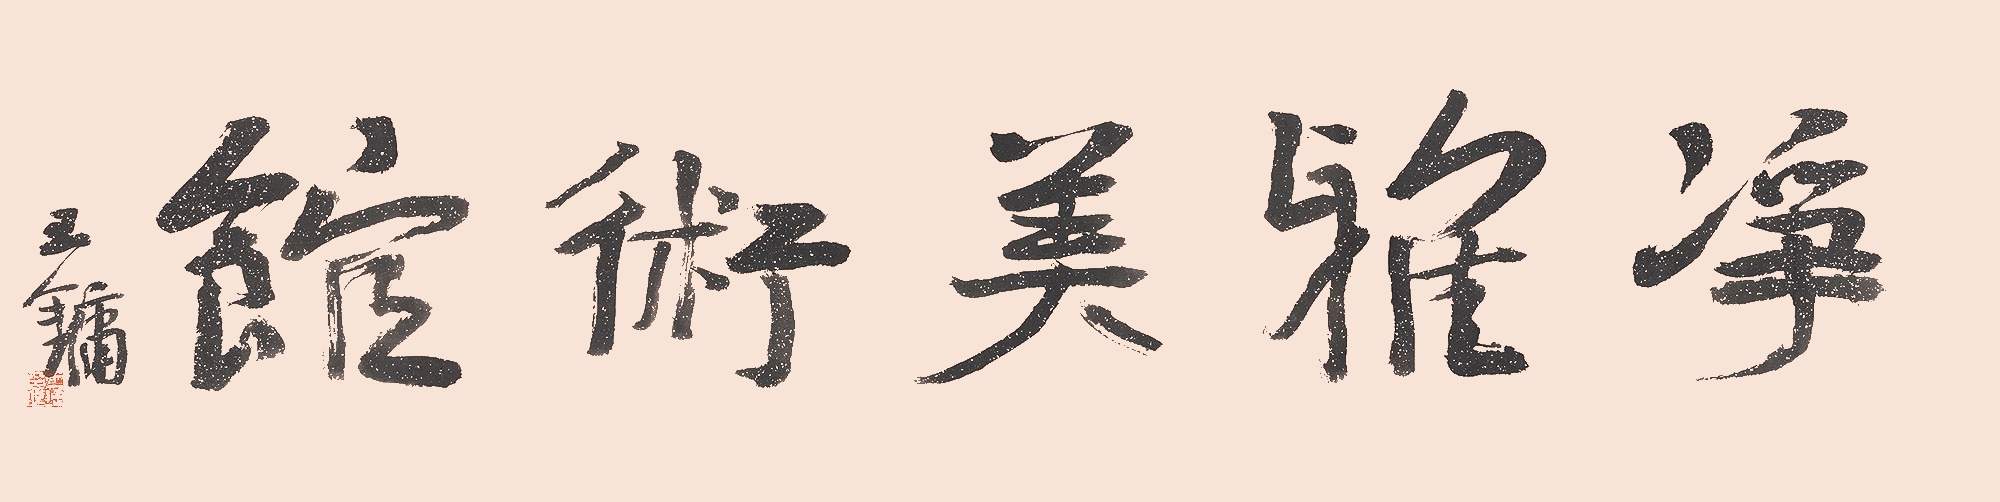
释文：净雅美术馆王镛